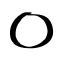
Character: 〇